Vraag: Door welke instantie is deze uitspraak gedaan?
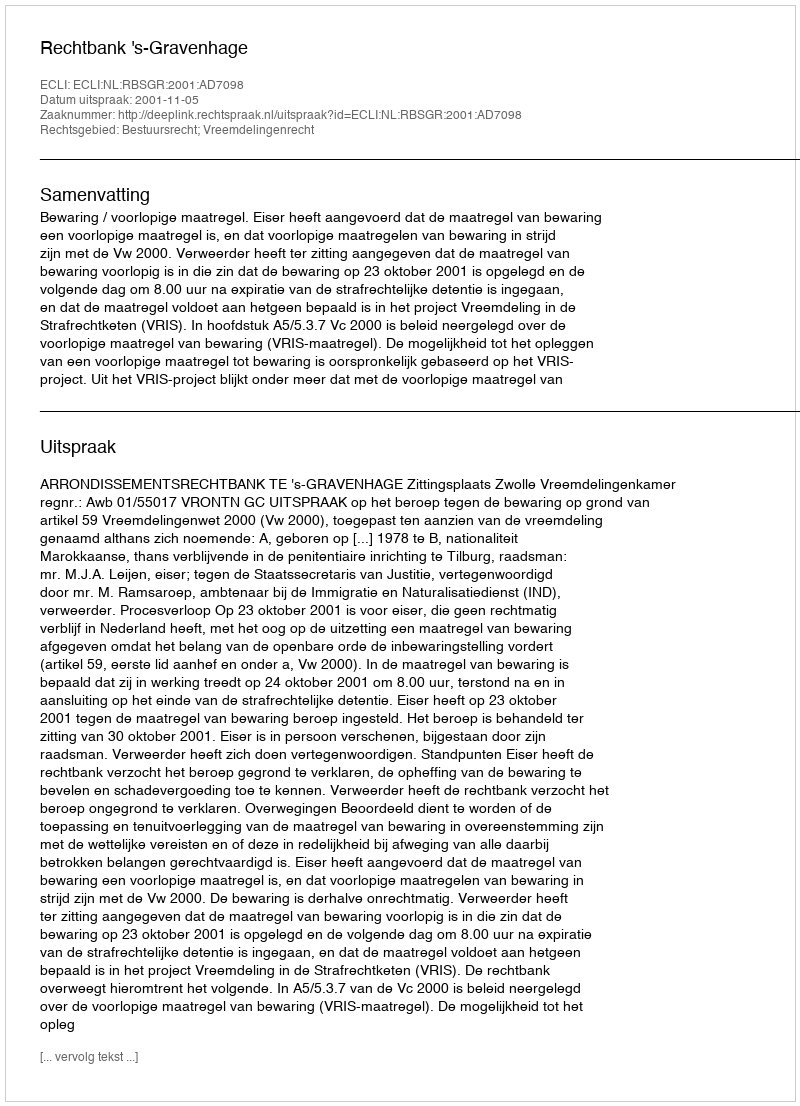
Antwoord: Rechtbank 's-Gravenhage